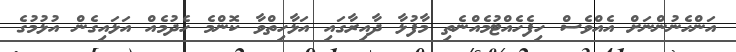
އަންހެނުންނަށް އެއްވެސް ހިފެހެއްޓުމެއްނެތި މާފުޅާ ދާއިރާގައި އަޅާހިތްވާ ކޮންމެ ހެދުމެއް އަޅައިގެން އުޅުމުގެ